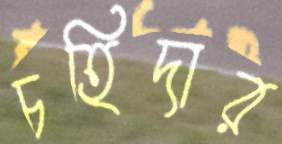
চহিদার